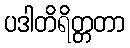
ပဒါတိရိတ္တတာ